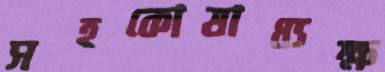
সহকোষাধ্যক্ষ